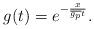
LaTeX: \begin{align*}g(t)=e^{-\frac{x}{\overline{g_p}t}}.\end{align*}